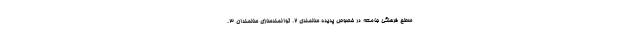
سطح فرهنگي جامعه در خصوص پديده سالمندي ۲. توانمندسازي سالمندان ۳.